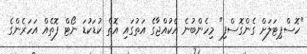
"ހޮސްޕިޓަލަށް ގެންގޮސްފި" މިހެންބުނެ އެކުއްޖާގެ އަތުގައި އޮތް ކުޑަކުޑަ ނޯޓް ފޮތެއް އަހަރެންގެ